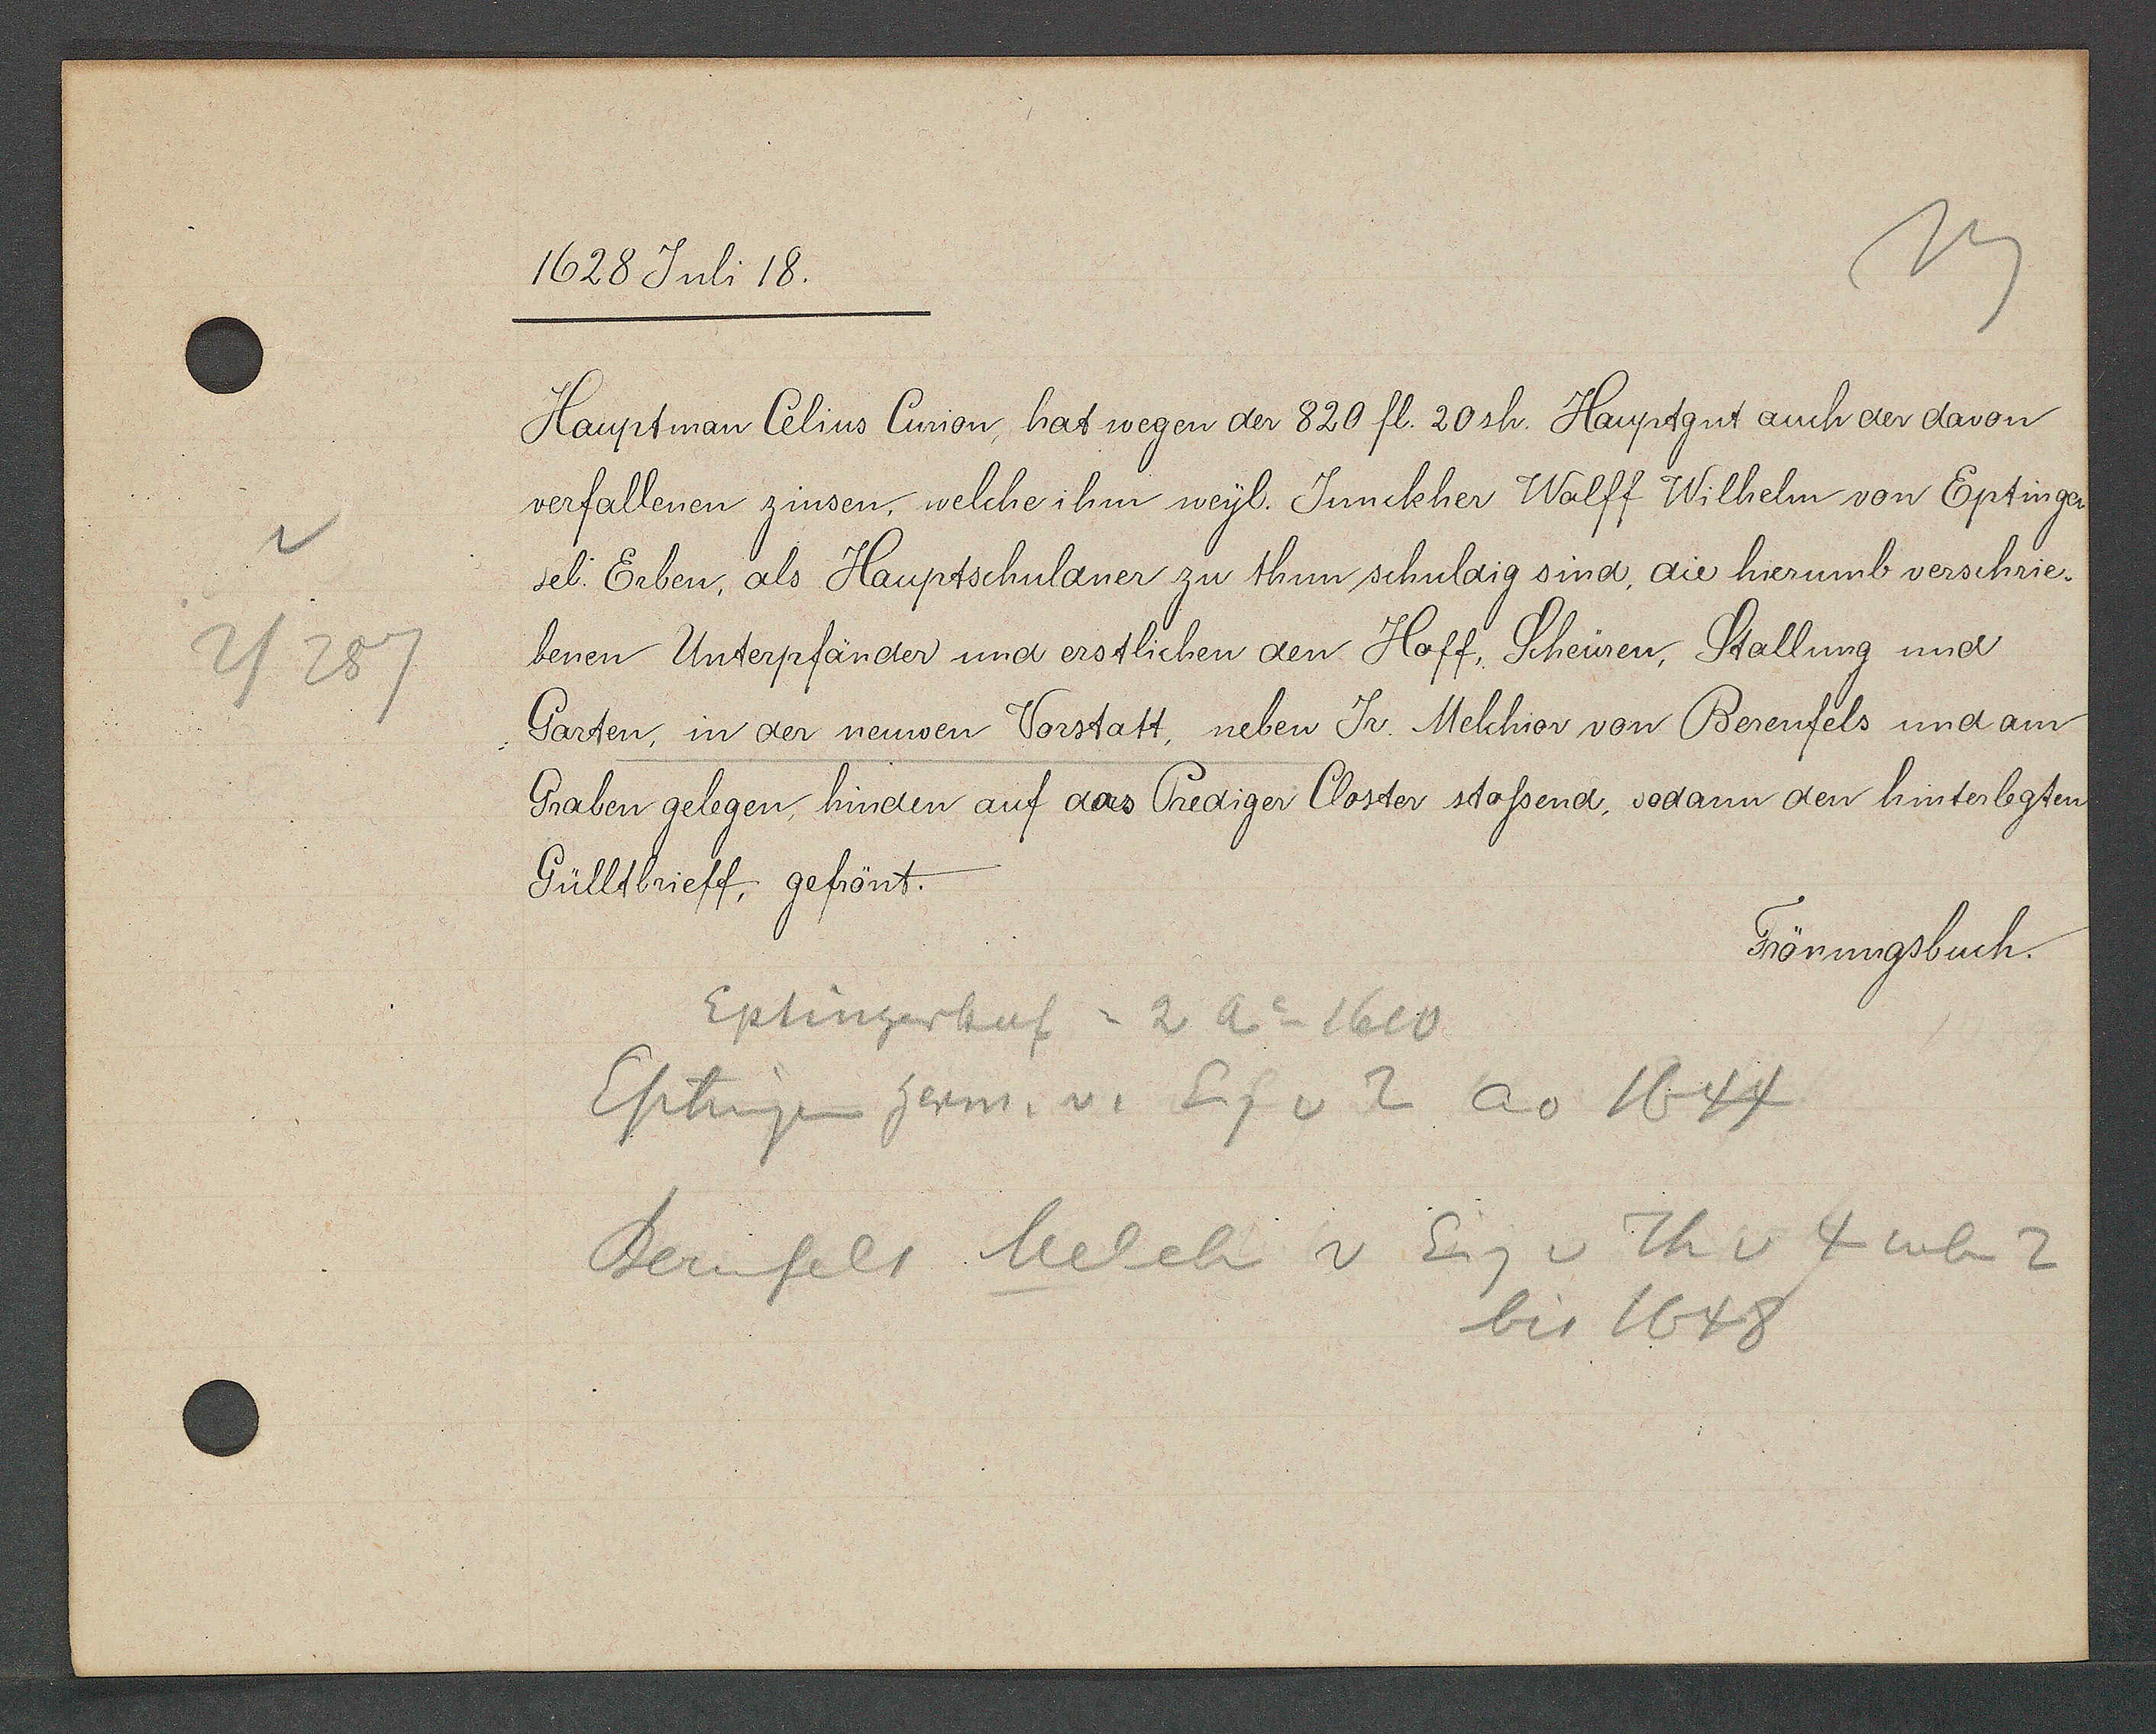
Transcript:
2/287

1628 Juli 18.

Hauptman Celius Curion, hat wegen der 820 fl. 20 sh. Hauptgut auch der davon
verfallenen zinsen, welche ihm weyl. Junckher Wolff Wilhelm von Eptingen
sel. Erben, als Hauptschuldner zu thun schuldig sind, die hierumb verschrie¬
benen Unterpfänder und erstlichen den Hoff, Scheüren, Stallung und
Garten, in der neuwen Vorstatt, neben Jr. Melchior von Berenfels und am
Graben gelegen hinden auf das Prediger Closter stossend, sodann den hinterlegten
Gülltbrieff, gefrönt.

Frönungsbuch.

Eptingerhof = 2 Ao 1600
Eptingen herm. v. Eg v 2 ao 1644
Berenfels Melch v Eig v Th v 4 neben 2
bis 1648